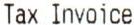
TAX INVOICE